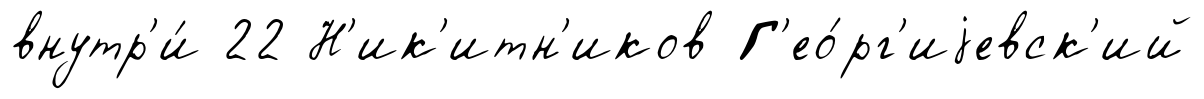
внутр'и́ 22 Н'ик'итн'иков Г'ео́рг'иjевск'ий